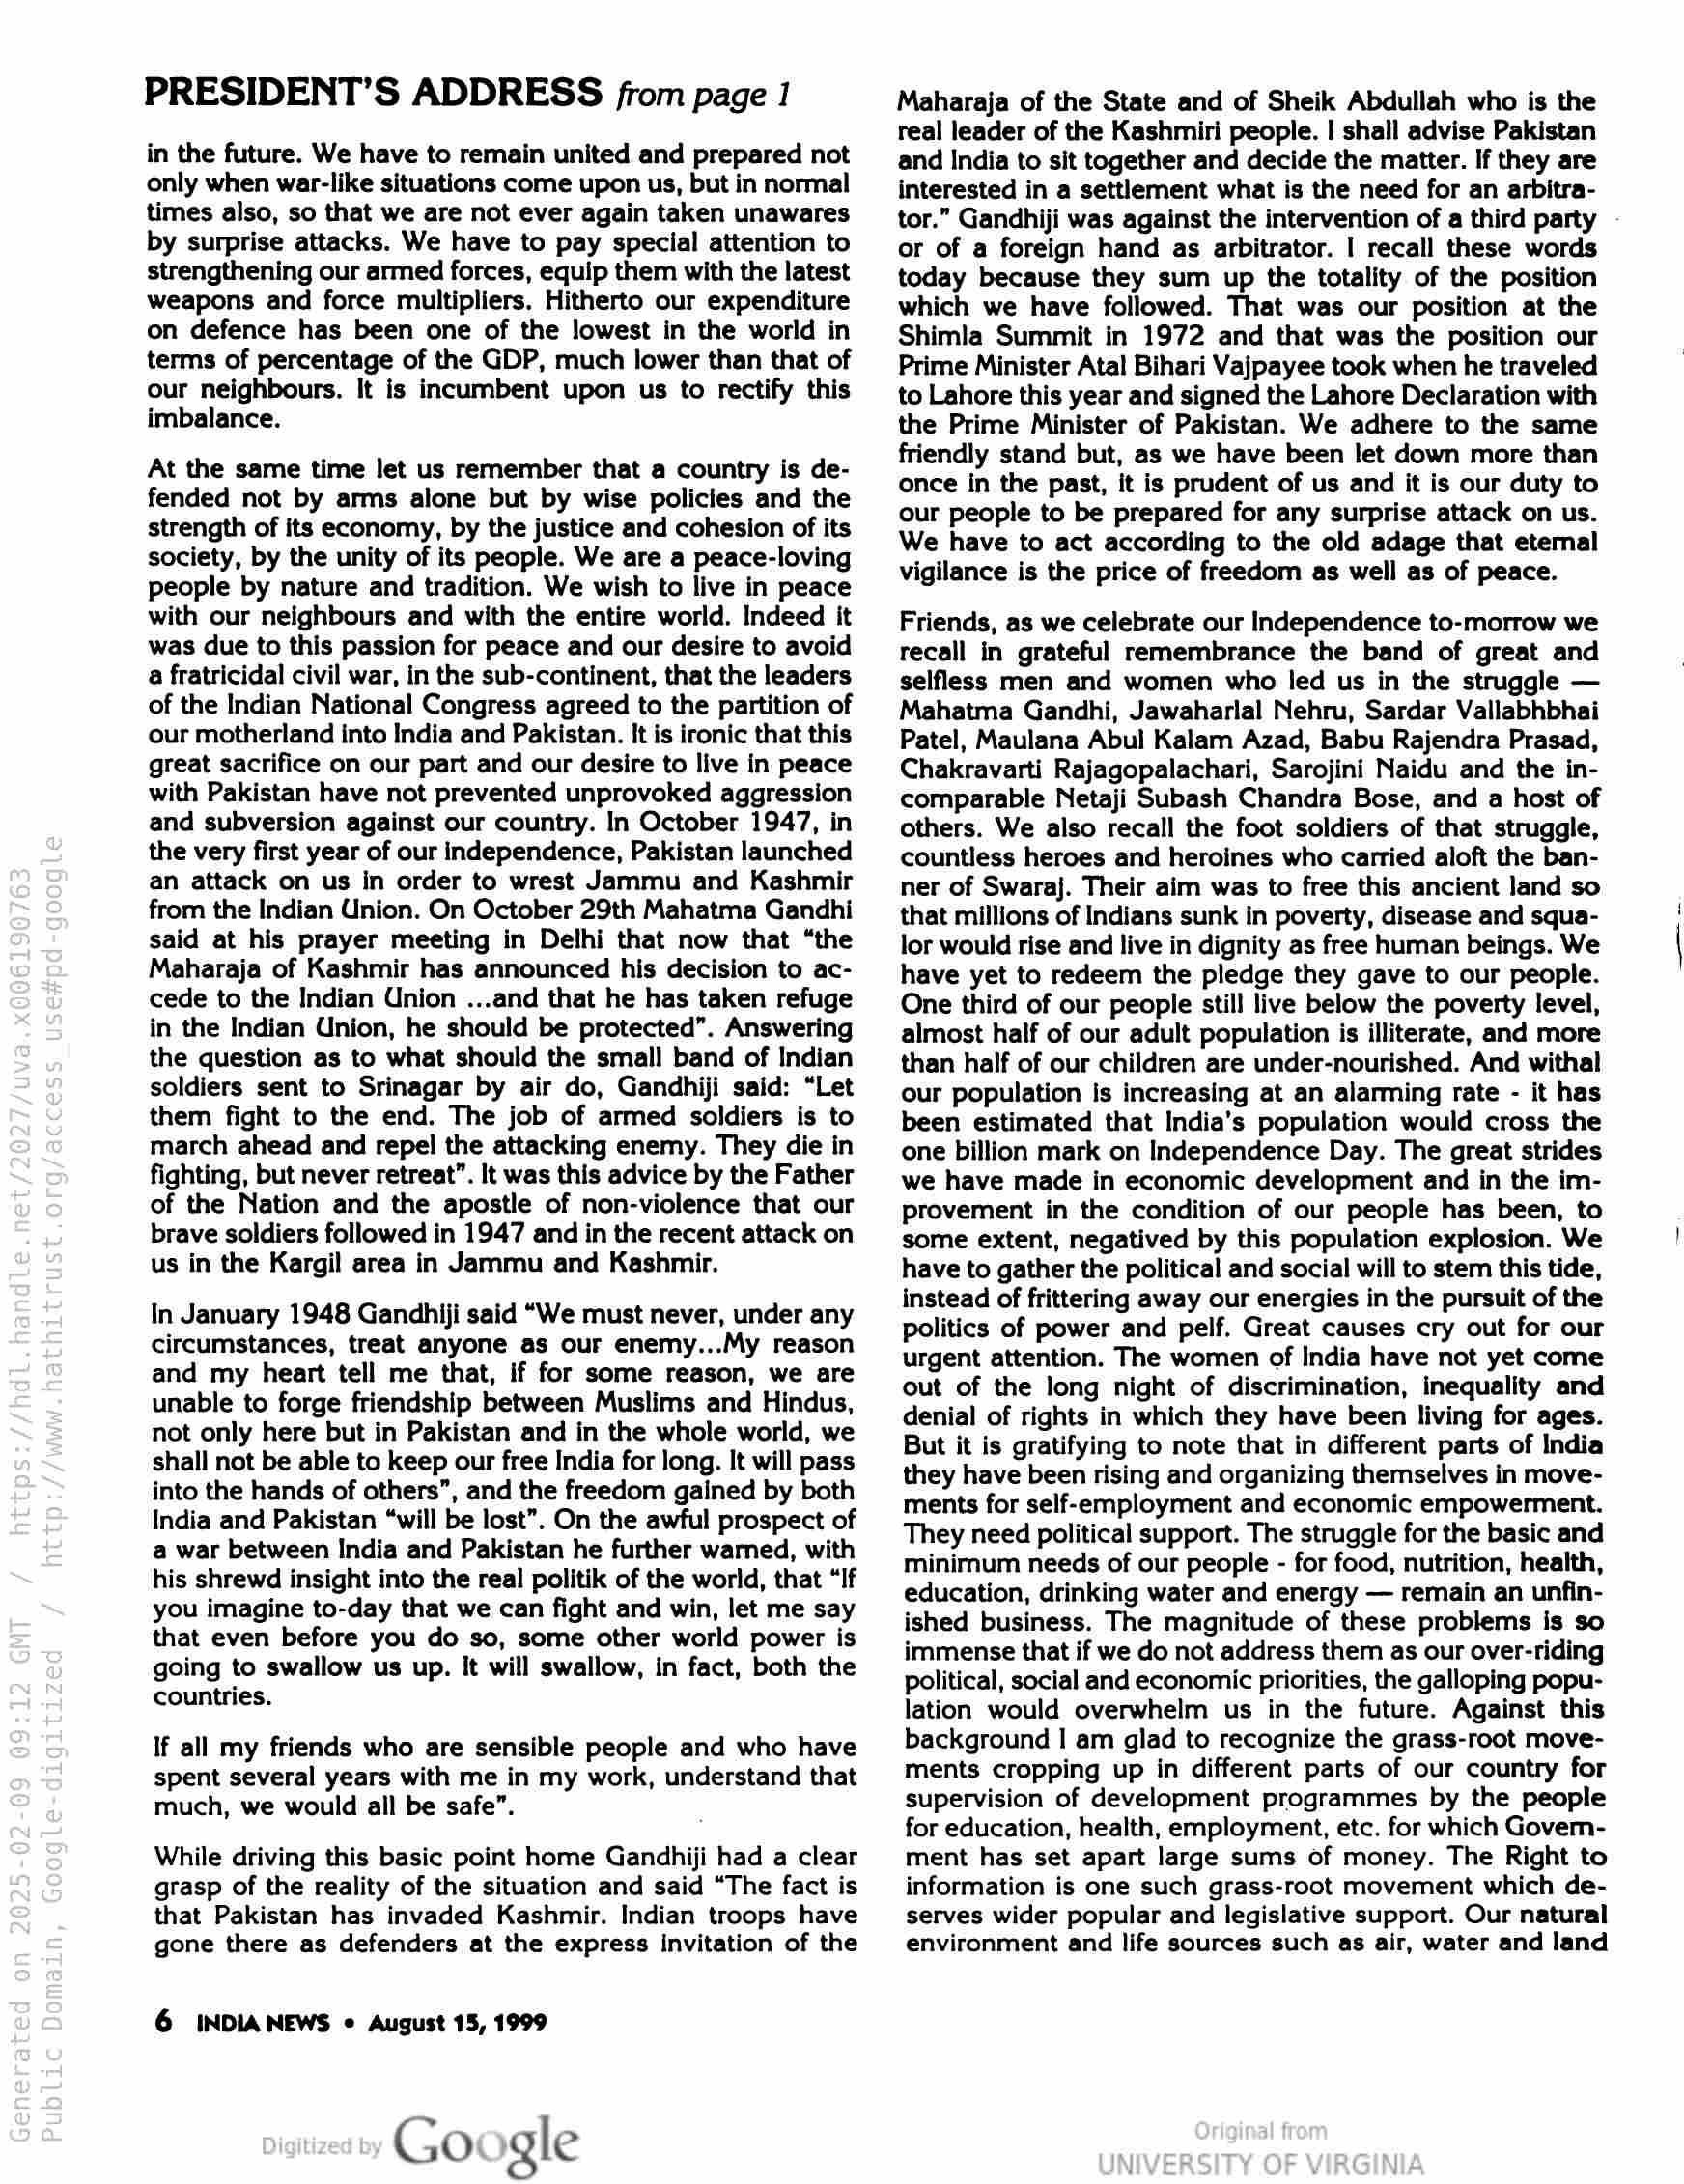
PRESIDENT’S ADDRESS from page 1

in the future. We have to remain united and prepared not
only when war-like situations come upon us, but in normal
times also, so that we are not ever again taken unawares
by surprise attacks. We have to pay special attention to
strengthening our armed forces, equip them with the latest
weapons and force multipliers. Hitherto our expenditure
on defence has been one of the lowest in the world in
terms of percentage of the GDP, much lower than that of
our neighbours. It is incumbent upon us to rectify this
imbalance.

At the same time let us remember that a country is de-
fended not by arms alone but by wise policies and the
strength of its economy, by the justice and cohesion of its
society, by the unity of its people. We are a peace-loving
people by nature and tradition. We wish to live in peace
with our neighbours and with the entire world. Indeed it
was due to this passion for peace and our desire to avoid
a fratricidal civil war, in the sub-continent, that the leaders
of the Indian National Congress agreed to the partition of
our motherland into India and Pakistan. It is ironic that this
great sacrifice on our part and our desire to live in peace
with Pakistan have not prevented unprovoked aggression
and subversion against our country. In October 1947, in
the very first year of our independence, Pakistan launched
an attack on us in order to wrest Jammu and Kashmir
from the Indian Union. On October 29th Mahatma Gandhi
said at his prayer meeting in Delhi that now that “the
Maharaja of Kashmir has announced his decision to ac-
cede to the Indian Union ...and that he has taken refuge
in the Indian Union, he should be protected”. Answering
the question as to what should the small band of Indian
soldiers sent to Srinagar by air do, Gandhiji said: “Let
them fight to the end. The job of armed soldiers is to
march ahead and repel the attacking enemy. They die in
fighting, but never retreat”. It was this advice by the Father
of the Nation and the apostle of non-violence that our
brave soldiers followed in 1947 and in the recent attack on
us in the Kargil area in Jammu and Kashmir.

In January 1948 Gandhiji said “We must never, under any
circumstances, treat anyone as our enemy...My reason
and my heart tell me that, if for some reason, we are
unable to forge friendship between Muslims and Hindus,
not only here but in Pakistan and in the whole world, we
shall not be able to keep our free India for long. It will pass
into the hands of others”, and the freedom gained by both
India and Pakistan “will be lost”. On the awful prospect of
a war between India and Pakistan he further warmed, with
his shrewd insight into the real politik of the world, that “If
you imagine to-day that we can fight and win, let me say
that even before you do so, some other world power is
going to swallow us up. It will swallow, in fact, both the
countries.

If all my friends who are sensible people and who have
spent several years with me in my work, understand that
much, we would all be safe”.

While driving this basic point home Gandhiji had a clear
grasp of the reality of the situation and said “The fact is

that Pakistan has invaded Kashmir. Indian troops have
gone there as defenders at the express Invitation of the

6 INDIANEWS « August 15, 1999

Google

Maharaja of the State and of Sheik Abdullah who is the
real leader of the Kashmiri people. | shall advise Pakistan
and India to sit together and decide the matter. If they are
interested in a settlement what is the need for an arbitra-
tor.” Gandhiji was against the intervention of a third party
or of a foreign hand as arbitrator. I recall these words
today because they sum up the totality of the position
which we have followed. That was our position at the
Shimla Summit in 1972 and that was the position our
Prime Minister Atal Bihari Vajpayee took when he traveled
to Lahore this year and signed the Lahore Declaration with
the Prime Minister of Pakistan. We adhere to the same
friendly stand but, as we have been let down more than
once in the past, it is prudent of us and it is our duty to
our people to be prepared for any surprise attack on us.
We have to act according to the old adage that eternal
vigilance is the price of freedom as well as of peace.

Friends, as we celebrate our Independence to-morrow we
recall in grateful remembrance the band of great and
selfless men and women who led us in the struggle —
Mahatma Gandhi, Jawaharlal Nehru, Sardar Vallabhbhai
Patel, Maulana Abul Kalam Azad, Babu Rajendra Prasad,
Chakravarti Rajagopalachari, Sarojini Naidu and the in-
comparable Netaji Subash Chandra Bose, and a host of
others. We also recall the foot soldiers of that struggle,
countless heroes and heroines who carried aloft the ban-
ner of Swaraj. Their aim was to free this ancient land so
that millions of Indians sunk in poverty, disease and squa-
lor would rise and live in dignity as free human beings. We
have yet to redeem the pledge they gave to our people.
One third of our people still live below the poverty level,
almost half of our adult population is illiterate, and more
than half of our children are under-nourished. And withal
our population is increasing at an alarming rate - it has
been estimated that India’s population would cross the
one billion mark on Independence Day. The great strides
we have made in economic development and in the im-
provement in the condition of our people has been, to
some extent, negatived by this population explosion. We
have to gather the political and social will to stem this tide,
instead of frittering away our energies in the pursuit of the
politics of power and pelf. Great causes cry out for our
urgent attention. The women of India have not yet come
out of the long night of discrimination, inequality and
denial of rights in which they have been living for ages.
But it is gratifying to note that in different parts of India
they have been rising and organizing themselves in move-
ments for self-employment and economic empowerment.
They need political support. The struggle for the basic and
minimum needs of our people - for food, nutrition, health,
education, drinking water and energy — remain an unfin-
ished business. The magnitude of these problems is so
immense that if we do not address them as our over-riding
political, social and economic priorities, the galloping popu-
lation would overwhelm us in the future. Against this
background | am glad to recognize the grass-root move-
ments cropping up in different parts of our country for
supervision of development programmes by the people
for education, health, employment, etc. for which Govem-
ment has set apart large sums of money. The Right to
information is one such grass-root movement which de-
serves wider popular and legislative support. Our natural
environment and life sources such as air, water and land